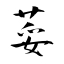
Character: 荽